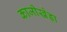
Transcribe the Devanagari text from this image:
काजीखेड़ा